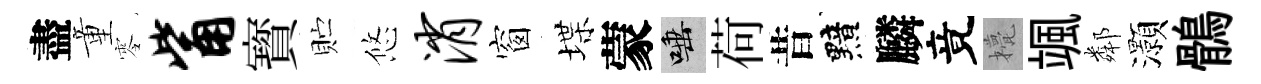
盡童零觜寳贮悠消窗堞蒙唾荷昔黯麟竟甍颯鄰灝鶻